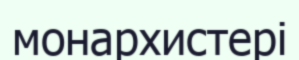
монархистері